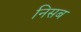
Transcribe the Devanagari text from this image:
निसब